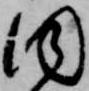
同